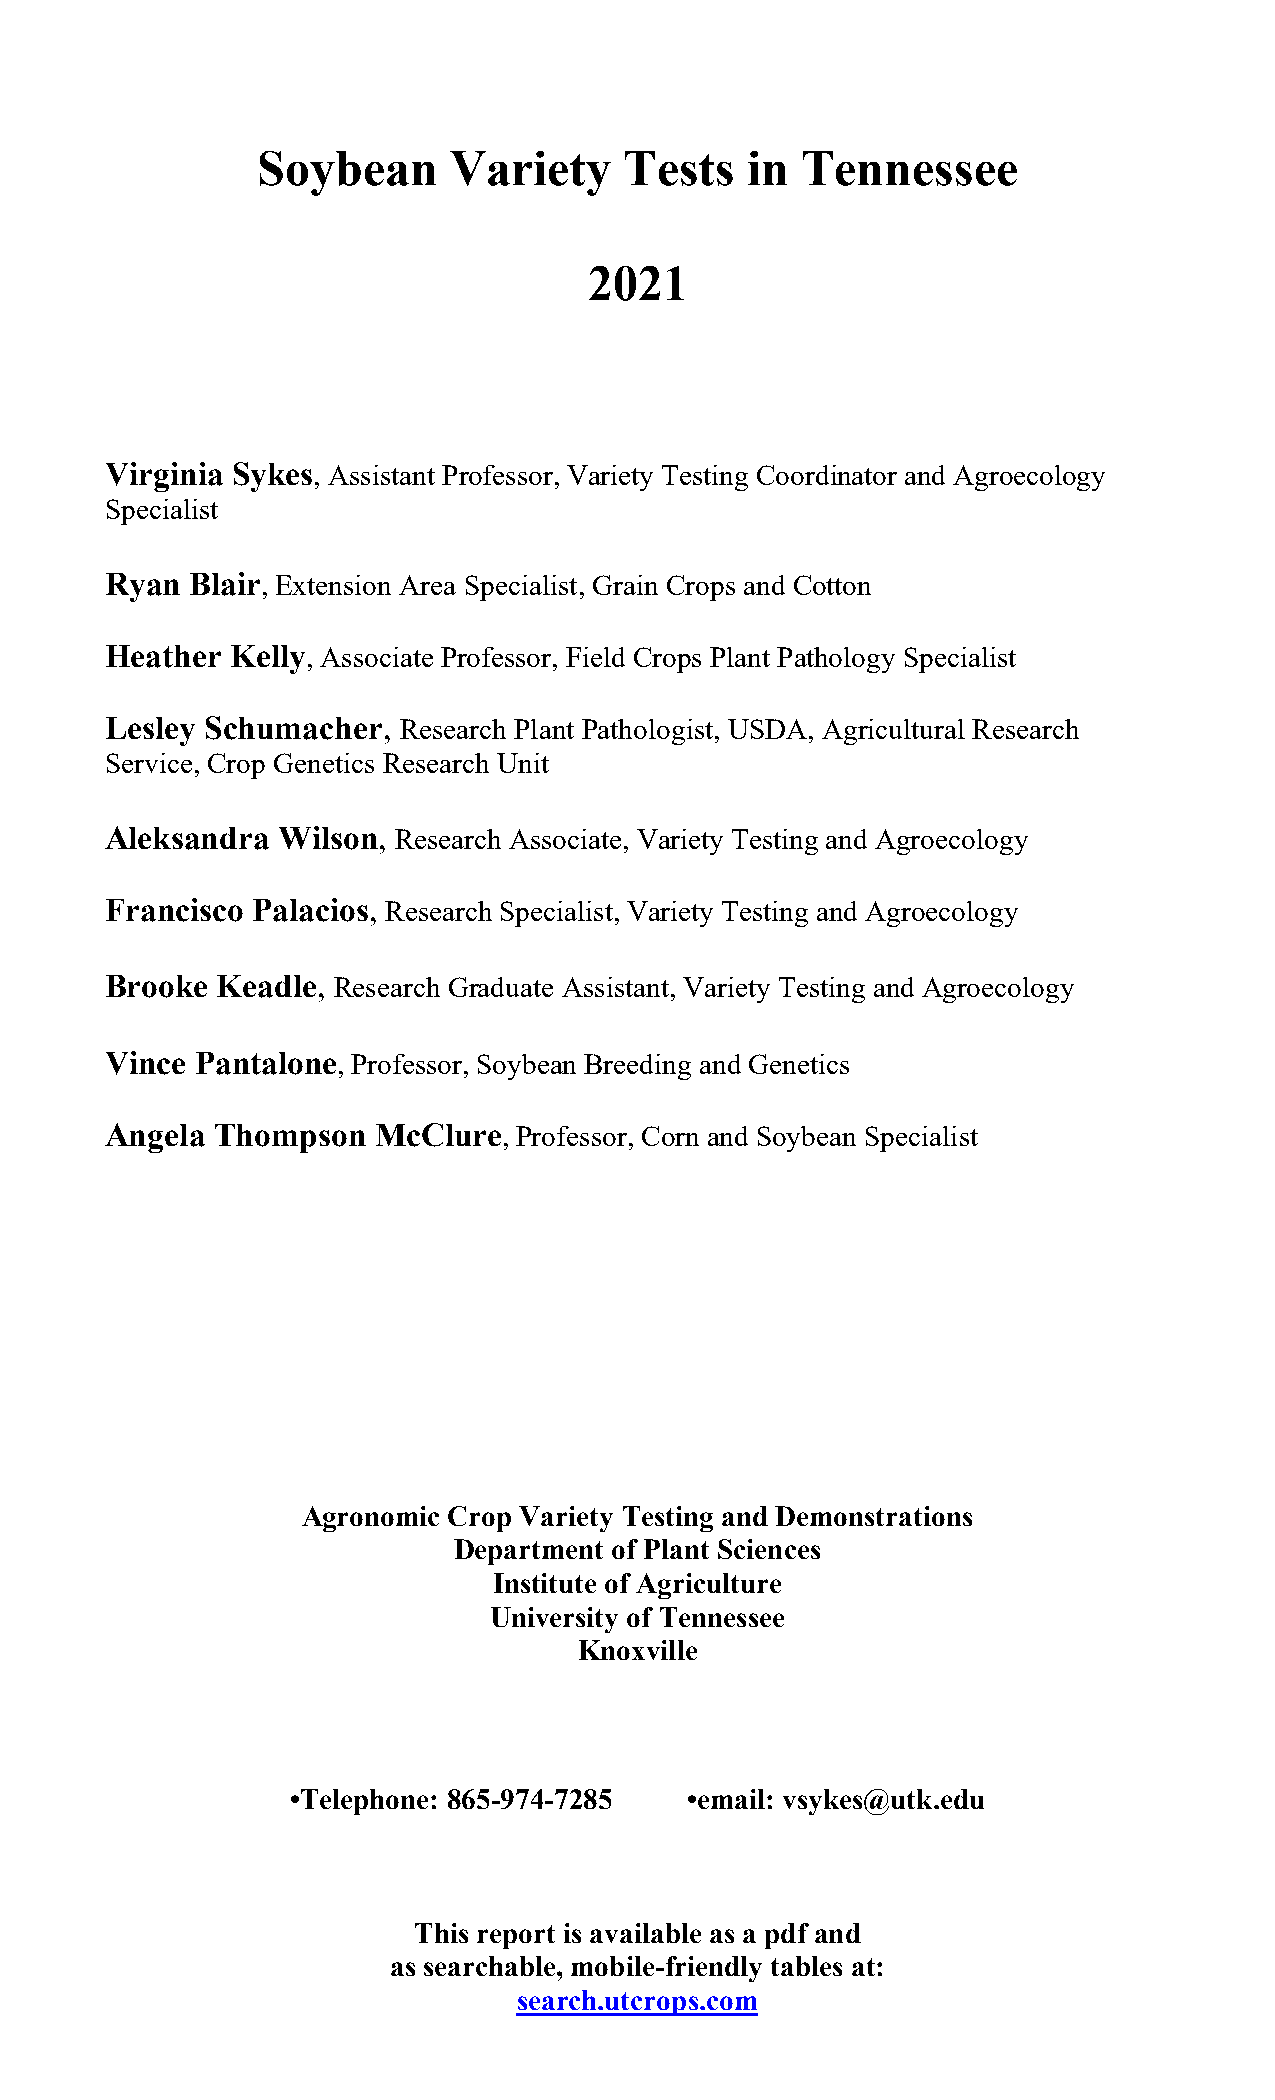
Soybean      Variety    Tests   in  Tennessee
 2021
 Virginia Sykes, Assistant Professor, Variety Testing Coordinator and Agroecology
 Specialist
 Ryan  Blair, Extension Area Specialist, Grain Crops and Cotton
 Heather Kelly, Associate Professor, Field Crops Plant Pathology Specialist
 Lesley Schumacher, Research Plant Pathologist, USDA, Agricultural Research
 Service, Crop Genetics Research Unit
 Aleksandra Wilson, Research Associate, Variety Testing and Agroecology
 Francisco Palacios, Research Specialist, Variety Testing and Agroecology
 Brooke Keadle, Research Graduate Assistant, Variety Testing and Agroecology
 Vince Pantalone, Professor, Soybean Breeding and Genetics
 Angela Thompson   McClure, Professor, Corn and Soybean Specialist
 Agronomic Crop Variety Testing and Demonstrations
 Department of Plant Sciences
 Institute of Agriculture
 University of Tennessee
 Knoxville
 •Telephone: 865-974-7285  •email: vsykes@utk.edu
 This report is available as a pdf and
 as searchable, mobile-friendly tables at:
 search.utcrops.com